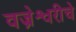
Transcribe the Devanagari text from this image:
वज्रेश्वरीचे